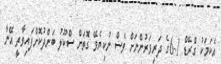
އެކަމަކު ގްރޭޑް 1-6ގެ ދަރިވަރުންނަށް ވެސް ނުކިޔެވޭ ގޮތަށް ސްކޫލު ބަންދުކޮށްފައިވާތީ އޭނާ